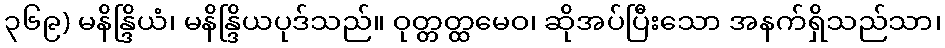
၃၆၉) မနိန္ဒြိယံ၊ မနိန္ဒြိယပုဒ်သည်။ ဝုတ္တတ္ထမေဝ၊ ဆိုအပ်ပြီးသော အနက်ရှိသည်သာ၊